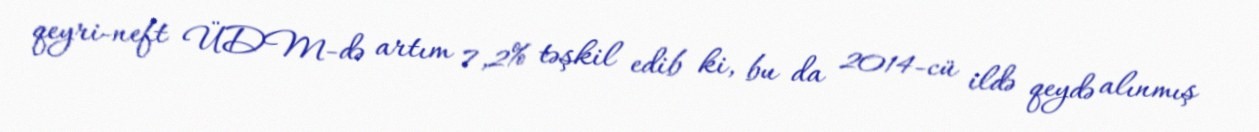
qeyri-neft ÜDM-də artım 7,2% təşkil edib ki, bu da 2014-cü ildə qeydə alınmış